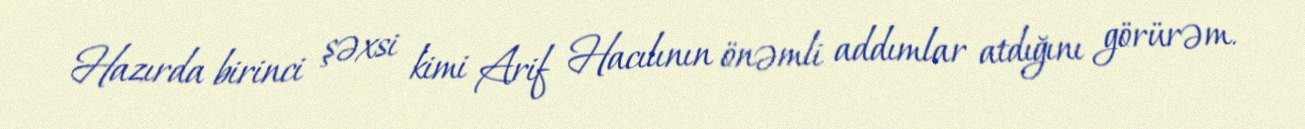
Hazırda birinci şəxsi kimi Arif Hacılının önəmli addımlar atdığını görürəm.